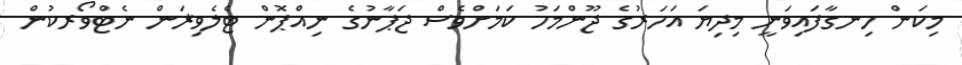
މިކަން ހިނގާފައިވަނީ މިދިޔަ އަހަރުގެ ޖޫންމަހު ކަމަށްވެސް ޖަޕާނުގެ ނިއްޕޮން ޓެލެވިޜަން ނެޓްވޯރކުން